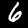
Label: 6